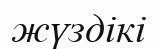
жүздікі